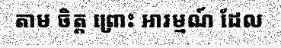
តាម ចិត្ត ព្រោះ អារម្មណ៍ ដែល